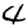
Digit: 4